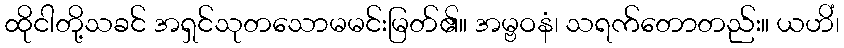
ထိုငါတို့သခင် အရှင်သုတသောမမင်းမြတ်၏။ အမ္ဗဝနံ၊ သရက်တောတည်း။ ယဟိံ၊